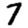
Digit: 7